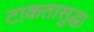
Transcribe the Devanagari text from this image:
टाकतासुद्धा